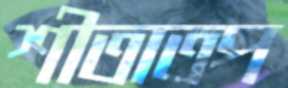
শীতাতপ